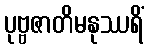
ပုဗ္ဗဇာတိမနုဿရိံ